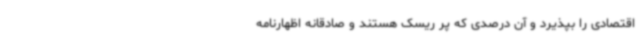
اقتصادی را بپذیرد و آن درصدی که پر ریسک هستند و صادقانه اظهارنامه